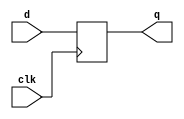
`timescale 1ns / 1ns
//////////////////////////////////////////////////////////////////////////////////
// Company: 
// Engineer: 
// 
// Design Name: 
// Module Name:    dff 
// Project Name: 
// Target Devices: 
// Tool versions: 
// Description: 
//
// Dependencies: 
//
// Revision: 
// Revision 0.01 - File Created
// Additional Comments: 
//
//////////////////////////////////////////////////////////////////////////////////

module dff(q, d, clk);

//parameter D = 0;		

input	d,clk; //declare inputs d and clk, 1 bit each
output reg	q;          //declare output q, 1 bit

always @(posedge clk)
q<=d;

endmodule